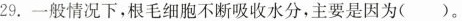
29.一般情况下，根毛细胞不断吸收水分，主要是因为（）。